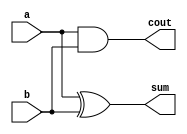
// 1bit half adder
//  stage  adder

module half_adder_1b(sum, cout, a, b);
    output sum, cout;
    input a,b;

    and(cout, a, b);
    xor(sum, a, b);

endmodule